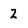
Character: 2